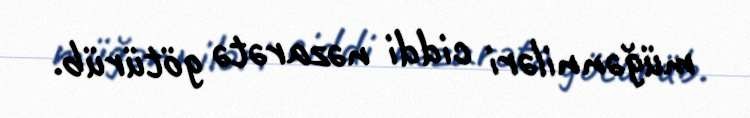
müğənniləri ciddi nəzarətə götürüb.